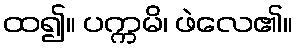
ထ၍။ ပက္ကမိ၊ ဖဲလေ၏။